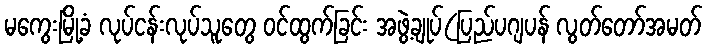
မကွေးမြို့ခံ လုပ်ငန်းလုပ်သူတွေ ဝင်ထွက်ခြင်း အဖွဲ့ချုပ်(ပြည်ပဂျပန် လွတ်တော်အမတ်